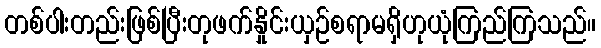
တစ်ပါးတည်းဖြစ်ပြီးတုဖက်နှိုင်းယှဉ်စရာမရှိဟုယုံကြည်ကြသည်။